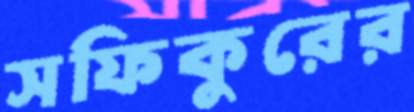
সফিকুরের